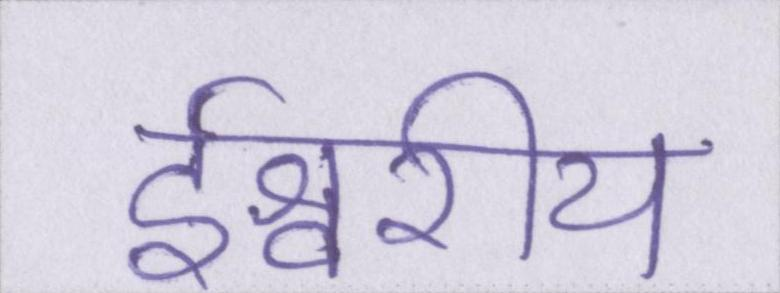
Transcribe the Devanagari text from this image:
ईश्वरीय